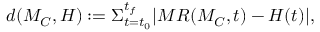
\begin{array} { r } { d ( M _ { C } , H ) : = \Sigma _ { t = t _ { 0 } } ^ { t _ { f } } | M R ( M _ { C } , t ) - H ( t ) | , } \end{array}